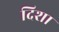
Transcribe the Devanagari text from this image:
दिशा